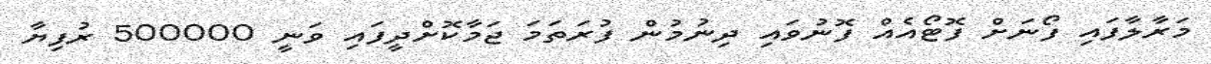
މަރާލާފައި ފޯނަށް ފޮޓޯއެއް ފޮނުވައި ދިނުމުން ފުރަތަމަ ޖަމާކޮށްދީފައި ވަނީ 500000 ރުފިޔާ